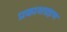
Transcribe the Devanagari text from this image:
प्रकाशग्रहण